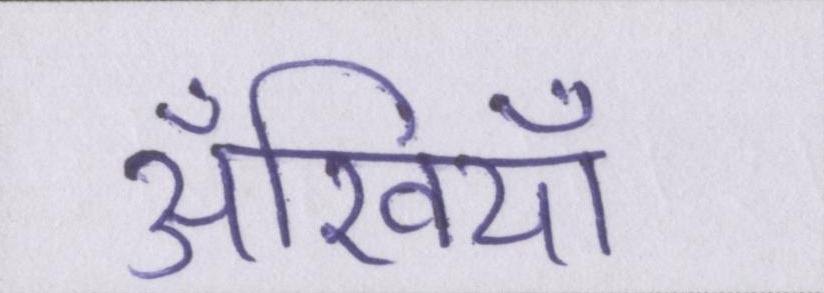
अँखियाँ